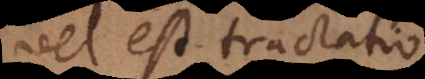
vel est tractatio.